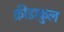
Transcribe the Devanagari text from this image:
क्रीडाकुल